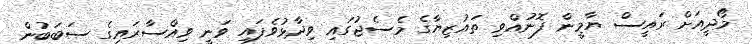
މޯދީއަށް ރައީސް ޔާމީން ފޮނުއްވި ތައުޒިޔާގެ މެސެޖުގައި ވިދާޅުވެފައި ވަނީ ވިއްސާރައިގެ ސަބަބުން